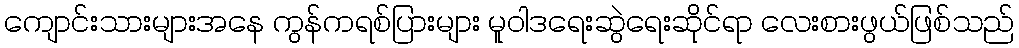
ကျောင်းသားများအနေ ကွန်ကရစ်ပြားများ မူဝါဒရေးဆွဲရေးဆိုင်ရာ လေးစားဖွယ်ဖြစ်သည်